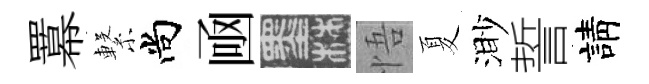
羃繋尚凾墨悟夏渺誓請